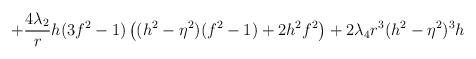
LaTeX: \begin{align*}+\frac{4\lambda_2}{r} h(3f^2 -1)\left( (h^2 -\eta^2)(f^2 -1) +2h^2 f^2 \right) +2\lambda_4 r^3 (h^2 -\eta^2)^3 h\end{align*}